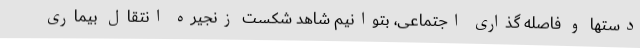
دستها و فاصله گذاری اجتماعی، بتوانیم شاهد شکست زنجیره انتقال بیماری